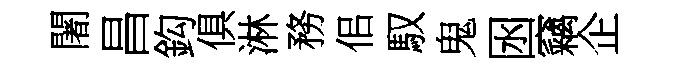
闍昌鈎俱淋務佀馭鬼囦竊企